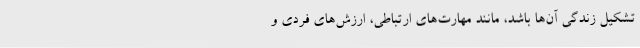
تشکیل زندگی آن‌ها باشد، مانند مهارت‌های ارتباطی، ارزش‌های فردی و